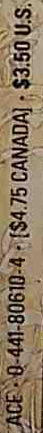
ACE.0-441-80610-4-[$4.75 CANADA]-$3.50 U.S.